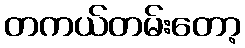
တကယ်တမ်းတော့